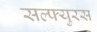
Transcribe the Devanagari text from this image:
सल्फ्युरस